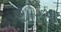
ચોરસા